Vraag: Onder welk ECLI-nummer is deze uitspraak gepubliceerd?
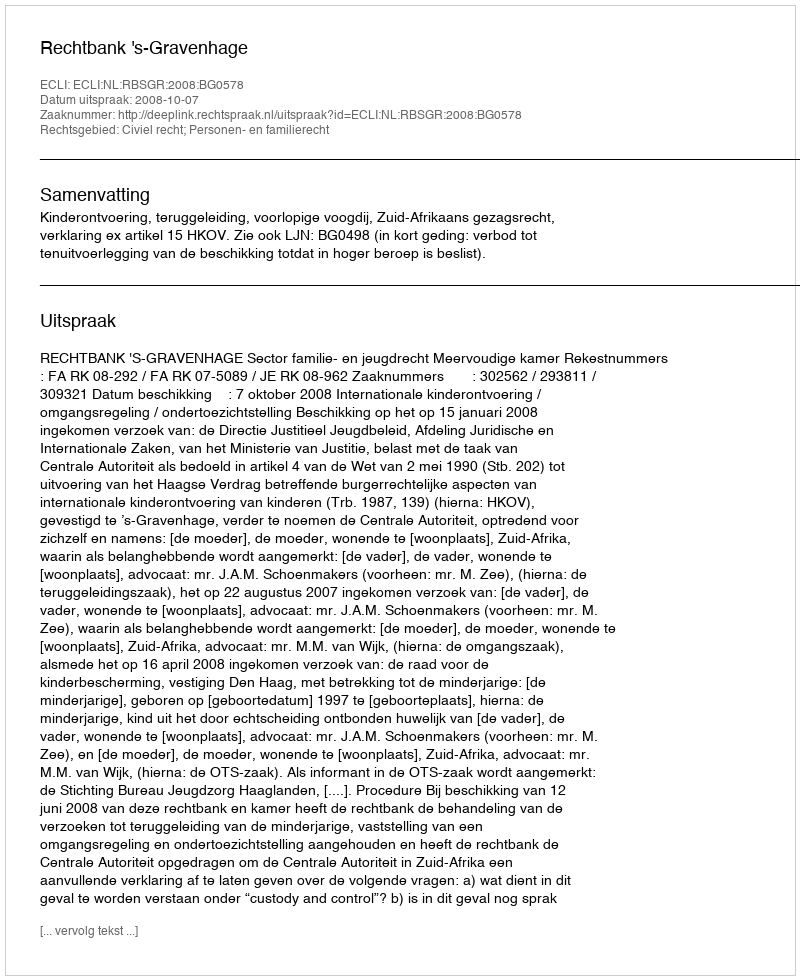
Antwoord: ECLI:NL:RBSGR:2008:BG0578